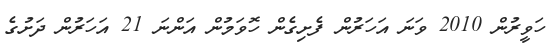
ހަވީރުން 2010 ވަނަ އަހަރުން ފެށިގެން ހޮވަމުން އަންނަ 21 އަހަރުން ދަށުގެ